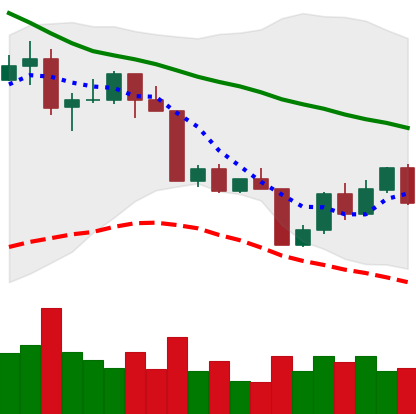
Ticker: LTC-USD
Chart end date: 2022-04-17
Forward return: -3.157%
Label: down_3_5